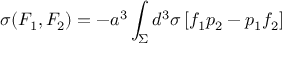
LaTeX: \sigma ( F _ { 1 } , F _ { 2 } ) = - a ^ { 3 } \int _ { \Sigma } d ^ { 3 } \sigma \, [ f _ { 1 } p _ { 2 } - p _ { 1 } f _ { 2 } ]